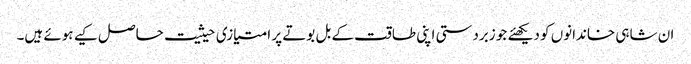
ان شاہی خاندانوں کو دیکھئے جو زبردستی اپنی طاقت کے بل بوتے پر امتیازی حیثیت حاصل کیے ہوئے ہیں۔